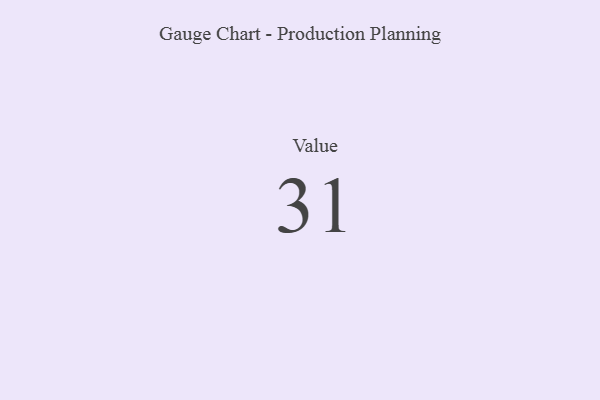
{"axis": {"x": "Metric", "y": "Value"}, "legend": [""], "data": [{"x": "Value", "y": 31, "type": ""}]}